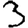
Digit: 3